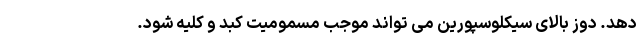
دهد. دوز بالای سیکلوسپورین می تواند موجب مسمومیت کبد و کلیه شود.